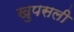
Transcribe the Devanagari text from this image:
खुपसली